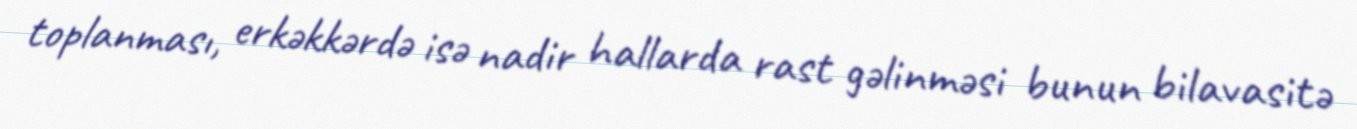
toplanması, erkəkkərdə isə nadir hallarda rast gəlinməsi bunun bilavasitə